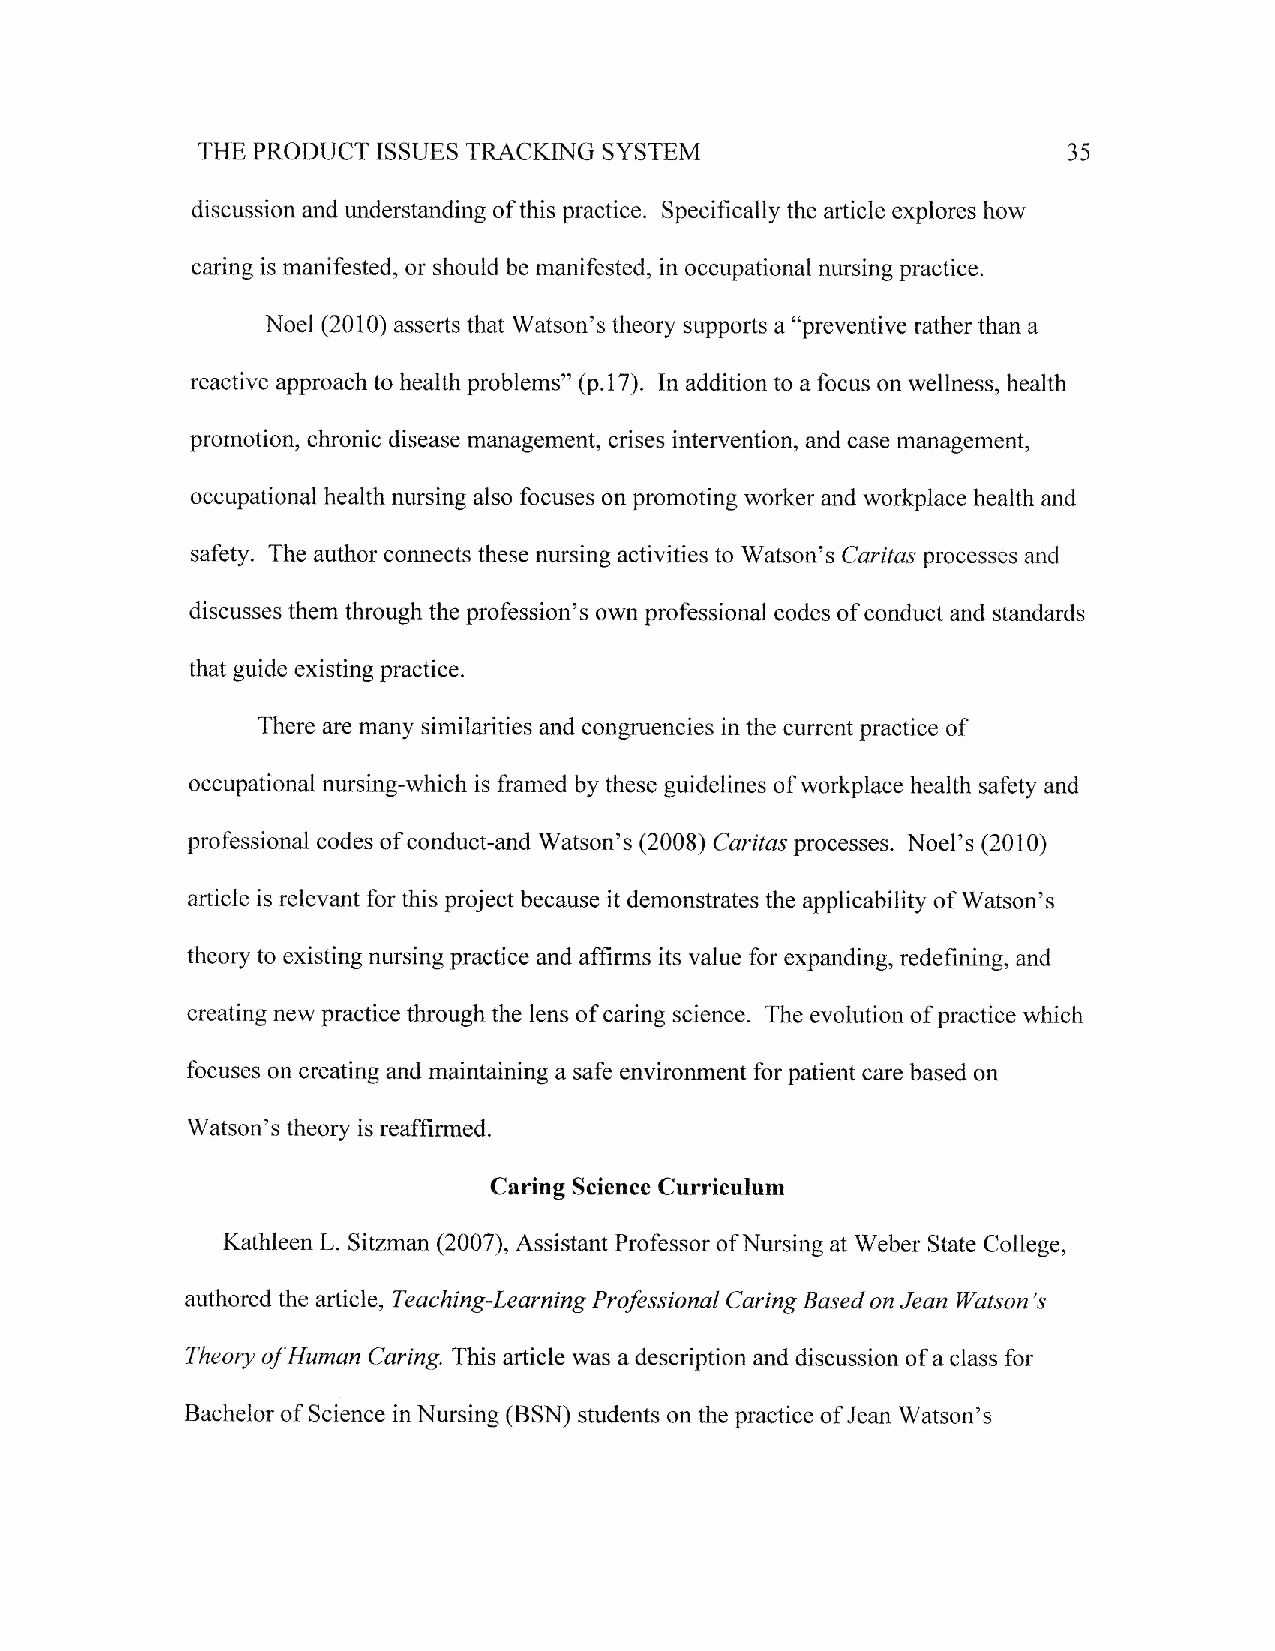
SYSTEM
 THE PRODUCT TSSUES TRACKING                               35
 discussion and understanding of this practice. Specifically the article explores how
 caring is manifested, or should be manifested, in occupational nursing practice.
 Noel (2010) asserts that Watson's theory supports a "preventive rather than a
 reactive approach to health problems" (p.17). In addition to a focus on wellness, health
 promotion, chronic disease management, crises intervention, and case management,
 occupational health nursing also focuses on promoting worker and workplace health and
 safety. The author connects these nursing activities to Watson's Caritas processes and
 discusses them through the profession's own professional codes of conduct and standards
 that guide existing practice.
 There are many similarities and congruencies in the current practice of
 occupational nursing-which is framed by these guidelines of workplace health safety and
 professional codes of conduct-and Watson's (2008) Caritas processss. Noel's (2010)
 article is relevant for this project because it demonstrates the applicability of Watson's
 theory to existing nursing practice and affirms its value for expanding, redefining, and
 creating new practice through the lens of caring science- The evolution of practice which
 focuses on creating and rnaintaining a safe environrnent for patient care based on
 Watson's theory is reaffirmed.
 Caring Science Curriculum
 Kathleen L. Sitzman (2007), Assistant Professor of Nursing at Weber State College,
 authored the article, Teaching-Learning Prafessional Caring Based on Jean Watson's
 Theory of Human Caring. This article was a description and discussion of a class for
 Bachelor of Science in Nursing (BSN) students on the practice of Jean Watson's